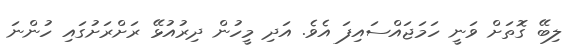
ލިބޭ ގޮތަށް ވަނީ ހަމަޖައްސައިފަ އެވެ. އަދި މީހުން ދިރުއުޅޭ ރަށްރަށުގައި ހުންނަ